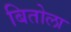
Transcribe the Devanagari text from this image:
बितोला